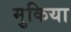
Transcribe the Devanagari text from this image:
मुकिया